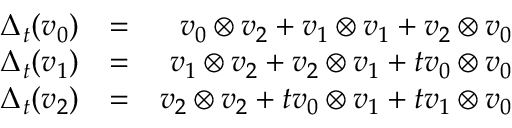
\begin{array} { r l r } { \Delta _ { t } ( v _ { 0 } ) } & { = } & { v _ { 0 } \otimes v _ { 2 } + v _ { 1 } \otimes v _ { 1 } + v _ { 2 } \otimes v _ { 0 } } \\ { \Delta _ { t } ( v _ { 1 } ) } & { = } & { v _ { 1 } \otimes v _ { 2 } + v _ { 2 } \otimes v _ { 1 } + t v _ { 0 } \otimes v _ { 0 } } \\ { \Delta _ { t } ( v _ { 2 } ) } & { = } & { v _ { 2 } \otimes v _ { 2 } + t v _ { 0 } \otimes v _ { 1 } + t v _ { 1 } \otimes v _ { 0 } } \end{array}